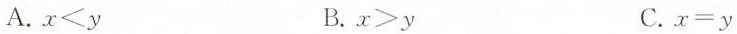
A.$$x < y$$ B.$$x > y$$ C.$$x = y$$